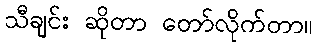
သီချင်း ဆိုတာ တော်လိုက်တာ။